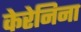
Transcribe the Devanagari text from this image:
केरेनिना